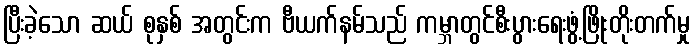
ပြီးခဲ့သော ဆယ် စုနှစ် အတွင်းက ဗီယက်နမ်သည် ကမ္ဘာတွင်စီးပွားရေးဖွံ့ဖြိုးတိုးတက်မှု